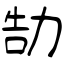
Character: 勂